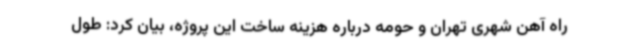
راه آهن شهری تهران و حومه درباره هزینه ساخت این پروژه، بیان کرد: طول